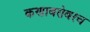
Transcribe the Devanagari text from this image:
कणाबरोबरच